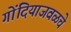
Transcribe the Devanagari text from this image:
गोंदियाजवळचे